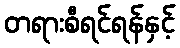
တရားစီရင်ရန်နှင့်